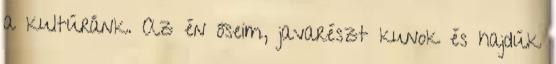
a kultúránk. Az én őseim, javarészt kunok és hajdúk